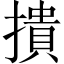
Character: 撌